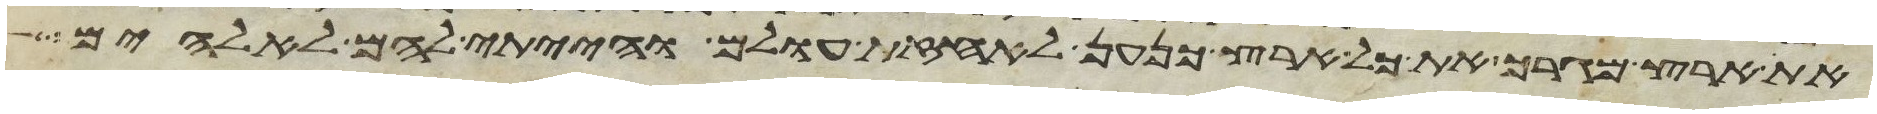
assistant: את ארץ מגריך את כל ארץ כנען לאחזת עולם והייתי להם לאלהים